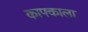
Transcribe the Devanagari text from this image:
काफ्काला